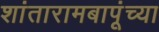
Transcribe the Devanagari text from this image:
शांतारामबापूंच्या